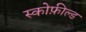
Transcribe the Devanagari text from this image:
स्कोफ़ील्ड